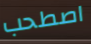
اصطحب